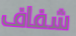
شفاف